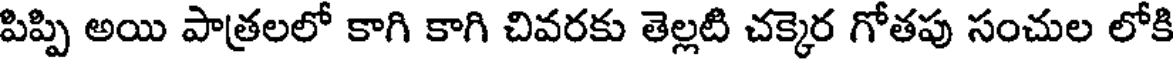
పిప్పి అయి పాత్రలలో కాగి కాగి చివరకు తెల్లటి చక్కెర గోతపు సంచుల లోకి